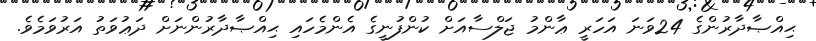
ޙިއްޞާދާރުންގެ 24ވަނަ އަހަރީ ޢާންމު ޖަލްސާއަށް ކުންފުނީގެ އެންމެހައި ޙިއްޞާދާރުންނަށް ދަޢުވަތު އަރުވަމެވެ.